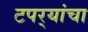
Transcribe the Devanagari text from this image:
टपर्‍यांचा